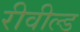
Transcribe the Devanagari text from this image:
रीवील्ड